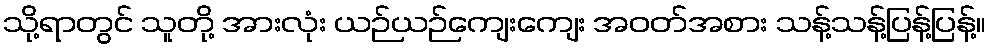
သို့ရာတွင် သူတို့ အားလုံး ယဉ်ယဉ်ကျေးကျေး အဝတ်အစား သန့်သန့်ပြန့်ပြန့်။